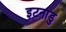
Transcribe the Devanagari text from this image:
इटनाडु